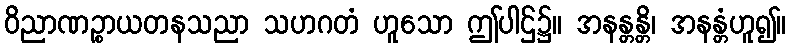
ဝိညာဏဉ္စာယတနသညာ သဟဂတံ ဟူသော ဤပါဌ်၌။ အနန္တန္တိ၊ အနန္တံဟူ၍။